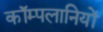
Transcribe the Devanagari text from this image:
कॉम्पलानियों